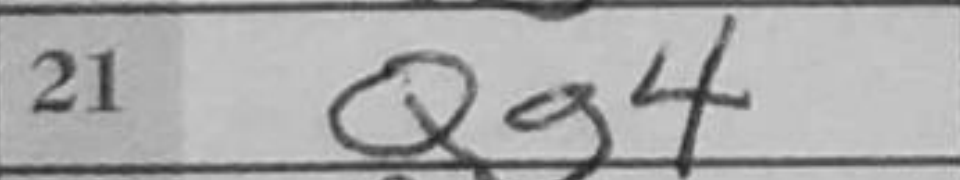
Transcription: Qg4